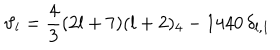
\vartheta _ { l } = \frac { 4 } { 3 } ( 2 l + 7 ) ( l + 2 ) _ { 4 } - 1 4 4 0 \, \delta _ { l , 1 }